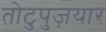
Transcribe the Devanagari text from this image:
तोटुपुज़यार